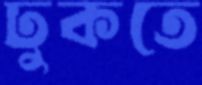
ঢুকতে